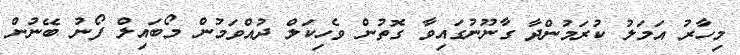
މިހާރު އަމަލު ކުރަމުންދާ ގާނޫނުގައިވާ ގޮތުން ވެހިކަލް ދުއްވަމުން މޯބައިލް ފޯނު ބޭނުން